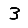
Digit: 3